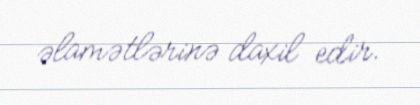
əlamətlərinə daxil edir.